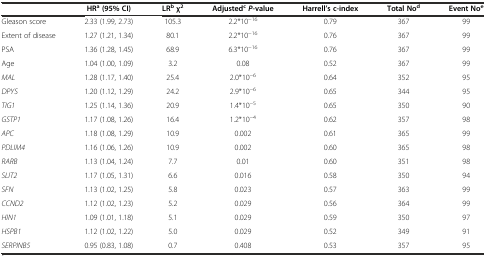
|  | HRa (95% CI) | LRb χ2 | AdjustedcP-value | Harrell’s c-index | Total Nod | Event Noe |
 | --- | --- | --- | --- | --- | --- | --- |
 | Gleason score | 2.33 (1.99, 2.73) | 105.3 | 2.2*10-16 | 0.79 | 367 | 99 |
 | Extent of disease | 1.27 (1.21, 1.34) | 80.1 | 2.2*10-16 | 0.76 | 367 | 99 |
 | PSA | 1.36 (1.28, 1.45) | 68.9 | 6.3*10-16 | 0.76 | 367 | 99 |
 | Age | 1.04 (1.00, 1.09) | 3.2 | 0.08 | 0.52 | 367 | 99 |
 | MAL | 1.28 (1.17, 1.40) | 25.4 | 2.0*10-6 | 0.64 | 352 | 95 |
 | DPYS | 1.20 (1.12, 1.29) | 24.2 | 2.9*10-6 | 0.65 | 344 | 95 |
 | TIG1 | 1.25 (1.14, 1.36) | 20.9 | 1.4*10-5 | 0.65 | 350 | 90 |
 | GSTP1 | 1.17 (1.08, 1.26) | 16.4 | 1.2*10-4 | 0.62 | 357 | 98 |
 | APC | 1.18 (1.08, 1.29) | 10.9 | 0.002 | 0.61 | 365 | 99 |
 | PDLIM4 | 1.16 (1.06, 1.26) | 10.9 | 0.002 | 0.60 | 365 | 98 |
 | RARB | 1.13 (1.04, 1.24) | 7.7 | 0.01 | 0.60 | 351 | 98 |
 | SLIT2 | 1.17 (1.05, 1.31) | 6.6 | 0.016 | 0.58 | 350 | 94 |
 | SFN | 1.13 (1.02, 1.25) | 5.8 | 0.023 | 0.57 | 363 | 99 |
 | CCND2 | 1.12 (1.02, 1.23) | 5.2 | 0.029 | 0.56 | 364 | 99 |
 | HIN1 | 1.09 (1.01, 1.18) | 5.1 | 0.029 | 0.59 | 350 | 97 |
 | HSPB1 | 1.12 (1.02, 1.22) | 5.0 | 0.029 | 0.52 | 349 | 91 |
 | SERPINB5 | 0.95 (0.83, 1.08) | 0.7 | 0.408 | 0.53 | 357 | 95 |